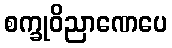
စက္ခုဝိညာဏေပေ